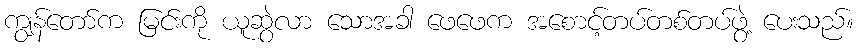
ကျွန်တော်က မြင်းကို ယူဆွဲလာ သောအခါ ဖေဖေက အစောင့်တပ်တစ်တပ်ဖွဲ့ ပေးသည်။